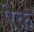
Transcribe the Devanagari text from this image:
एेक